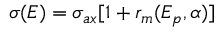
\sigma ( E ) = \sigma _ { a x } [ 1 + r _ { m } ( E _ { p } , \alpha ) ]